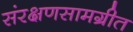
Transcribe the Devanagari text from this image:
संरक्षणसामग्रीत